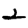
Digit: 2